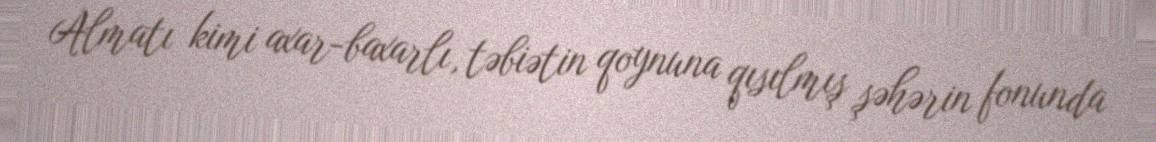
Almatı kimi axar-baxarlı, təbiətin qoynuna qısılmış şəhərin fonunda